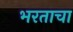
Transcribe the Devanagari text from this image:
भरताचा